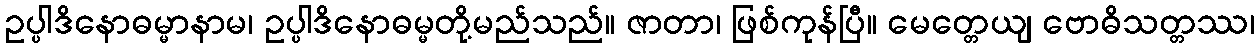
ဥပ္ပါဒိနောဓမ္မာနာမ၊ ဥပ္ပါဒိနောဓမ္မတို့မည်သည်။ ဇာတာ၊ ဖြစ်ကုန်ပြီ။ မေတ္တေယျ ဗောဓိသတ္တဿ၊